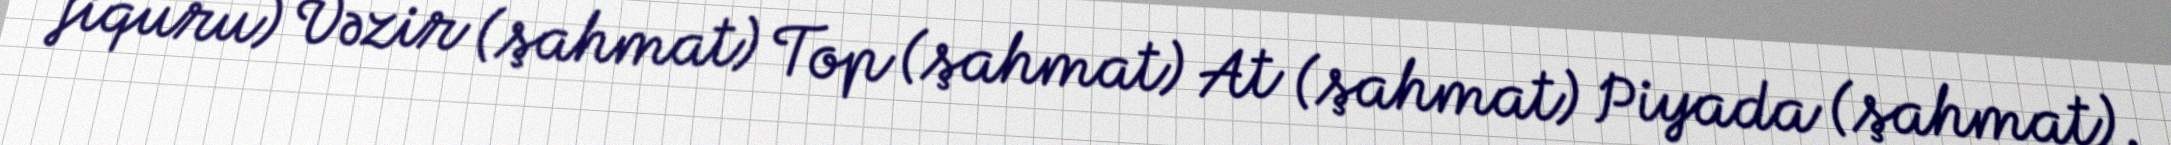
fiquru) Vəzir (şahmat) Top (şahmat) At (şahmat) Piyada (şahmat).